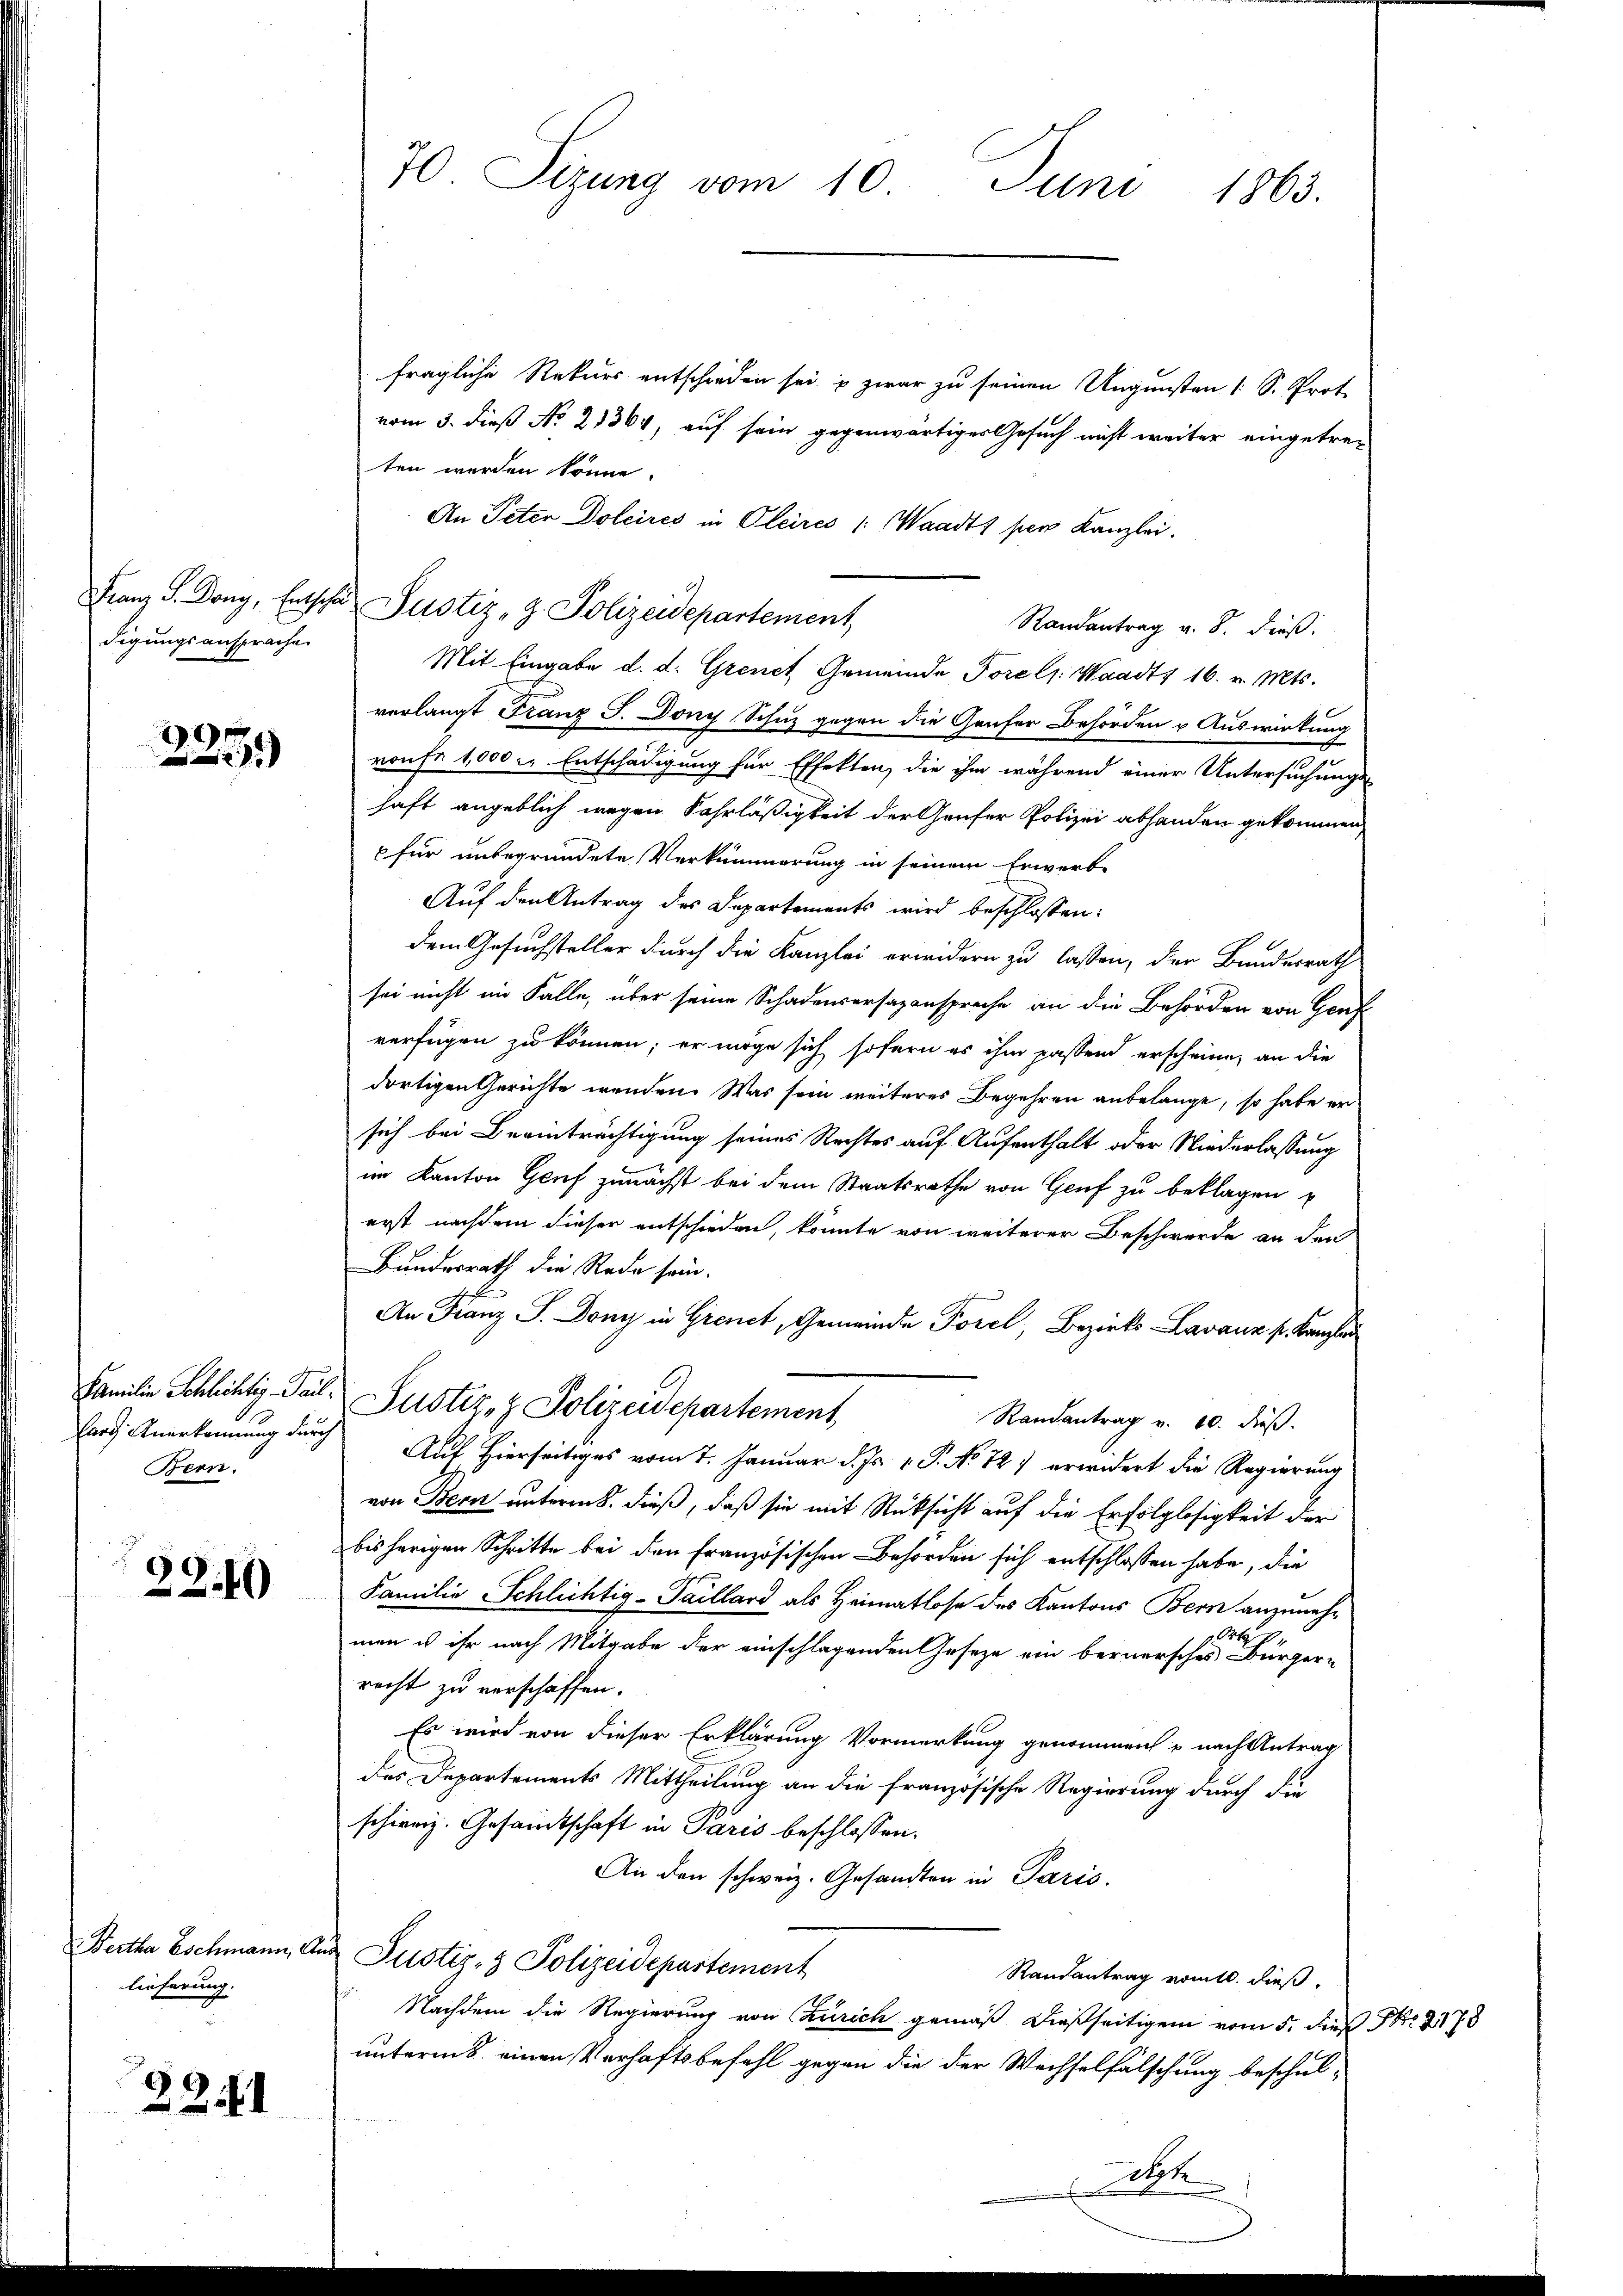
digungsansprache.

2

Bern.

22.40

Bertha Eschmann, d.
lieferung.

2251

70. Sizung vom 10. Juni 1863.

fragliche Rekurs entschieden sei, & zwar zu seinen Ungunsten 1 S. Prot
vom 3. dieß No. 21364, auf sein gegenwärtiger Gesuch nicht weiter eingetreten werden könne.
An Peter Dolcires in Oleires /: Waadt per Kanzlei.
Randantrag v. 8. dieß:
Mit Eingabe d. d. Grenet Gemeinde Forels. Waadt 16. v. Mts.
verlangt Franz J. Dony Schuz gegen die Genfer Behörden & Auswirkung
ronfr 1,000 l. Entschädigung für Effekten, die ihm während einer Untersuchungs-
haft angeblich wegen Fahrläßigkeit der Genfer Polizei abhanden gekommen,
 für unbegründete Verkümmerung in seinem Erwerbe
Auf den Antrag des Departements wird beschlossen:
dem Gesuchsteller durch die Kanzlei erwidern zu lassen, der Bundesrath
sei nicht im Falle, über seine Schadensersazanspreche an die Behörden von Genf
verfügen zu können; er möge sich sofern es ihm passend erscheine, an die
dortigen Gerichte wenden. Was sein weiteres Begehren anbelange, so habe er
sich bei Beeinträchtigung seines Rechtes auf Aufenthalt oder Niederlassung
im Kanton Genf zunächst bei dem Staatsrathe von Genf zu beklagen
erst nachdem dieser entschieden, könnte von weiterer Beschwerde an den
Bundesrath die Rede sein.
An Franz J. Dony in Grenet, Gemeinde Porel, Bezirks-Lavaux pr. Kanzlei
Familien Schlichtig-Tail. Justiz- & Polizeidepartement,
Randantrag v. 10. dieß.
ard. Anerkennung durch Auf hierseitiges vom 7. Januar d. Js. v. P. No 727 erwidert die Regierung
von Bern unterm 8. dieß, daß sie mit Rücksicht auf die Erfolglosigkeit der
bisherigen Schritte bei den Französischen Behörden sich entschlossen habe, die
Familie Schlichtig-Taillard als Heimatlose des Kantons Bern anzunehg. Os
.
men u ihr nach Mitgabe der einschlagenden Geseze ein bernersches Bürger-
recht zu verschaffen.
Es wird von dieser Erklärung Vormerkung genommen u nach Antrag
des Departements Mittheilung an die französische Regierung durch die
schierig. Gesandtschaft in Paris beschlossen:
An den schweiz. Gesandten in Paris.
 Justiz- & Polizeidepartement
Randantrag vom 10. dieß.
Nachdem die Regierung von Zürich gemäß dießseitigen vom 5. dieß Nr. 278
unterm einen Verhaftsbefehl gegen die der Wechselfälschung beschul-
digte

Franz S. Dony, Entscha Justiz - Z. Polizeidepartement,